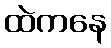
ထဲကနေ